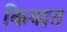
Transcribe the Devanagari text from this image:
कियात